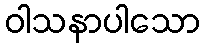
ဝါသနာပါသော